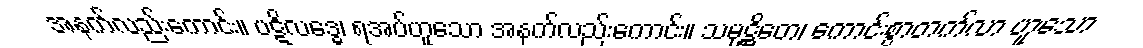
အနက်လည်းကောင်း။ ပဋိလဒ္ဓေ၊ ရအပ်ဟူသော အနက်လည်းကောင်း။ သမုဋ္ဌိတေ၊ ကောင်းစွာတက်လာ ဟူသော